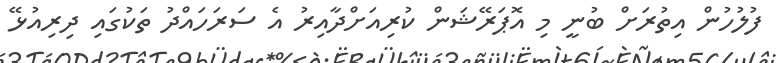
ފުލުހުން އިތުރަށް ބުނީ މި އޮޕަރޭޝަން ކުރިއަށްދާއިރު އެ ސަރަހައްދު ތަކުގައި ދިރިއުޅޭ